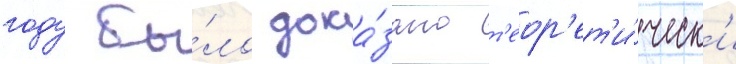
году бы́ло дока́зано т'еор'ет'и́ческ'и